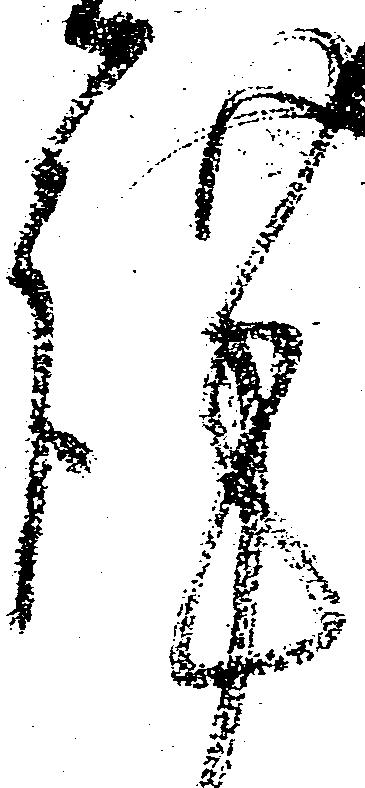
謹